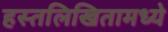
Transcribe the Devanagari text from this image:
हस्तलिखितामध्ये